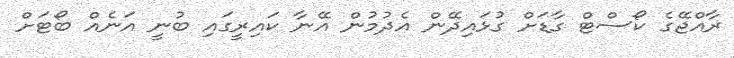
ރާއްޖޭގެ ކޯސްޓް ގާޑަށް ގުޅައިދޭން އެދުމުން އޭނާ ކައިރީގައި ބުނީ އަނެއް ބޯޓަށް